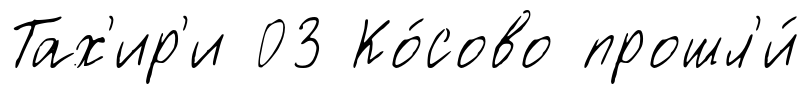
Тах'ир'и 03 Ко́сово прошл'и́